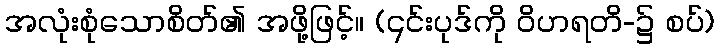
အလုံးစုံသောစိတ်၏ အဖို့ဖြင့်။ (၎င်းပုဒ်ကို ဝိဟရတိ-၌ စပ်)